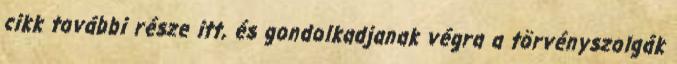
cikk további része itt, és gondolkadjanak végra a törvényszolgák